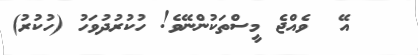
އޭ  ވެއްޖެ މީސްތަކުންނޭވެ! ހުކުރުދުވަހު (ހުކުރު)